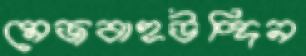
মেজবাহউদ্দিন